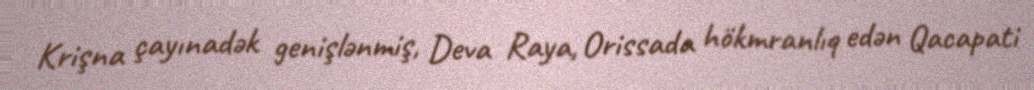
Krişna çayınadək genişlənmiş, Deva Raya, Orissada hökmranlıq edən Qacapati